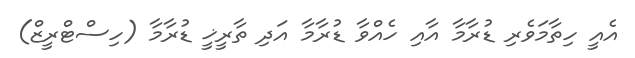
އެއީ ހިތާމަވެރި ޑުރާމާ އާއި ހެއްވާ ޑުރާމާ އަދި ތާރީޚީީ ޑުރާމާ (ހިސްޓްރީޒް)